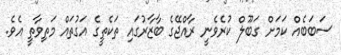
ސަބަބެއް ކަމަށް ގަބޫލް ކުރެވެނީ ރާއްޖޭގެ ބާޒާރުގައި ތަކެތީގެ އަގުތައް މަތިވާތީ އެވެ.